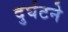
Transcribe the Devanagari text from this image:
दुर्घटने